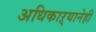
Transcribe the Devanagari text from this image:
अधिकाऱ्यानेही